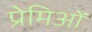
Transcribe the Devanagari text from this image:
प्रेमिओं